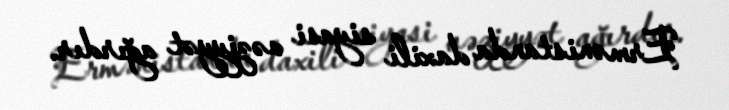
Ermənistanda daxili siyasi vəziyyət ağırdır.